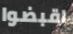
اقبضوا